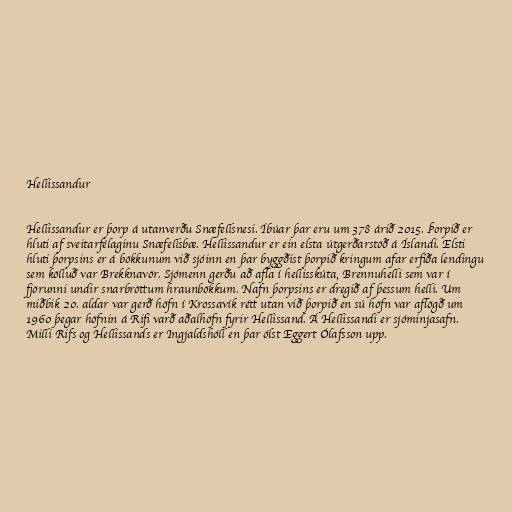
Hellissandur

Hellissandur er þorp á utanverðu Snæfellsnesi. Íbúar þar eru um 378 árið 2015. Þorpið er
hluti af sveitarfélaginu Snæfellsbæ. Hellissandur er ein elsta útgerðarstöð á Íslandi. Elsti
hluti þorpsins er á bökkunum við sjóinn en þar byggðist þorpið kringum afar erfiða lendingu
sem kölluð var Brekknavör. Sjómenn gerðu að afla í hellisskúta, Brennuhelli sem var í
fjörunni undir snarbröttum hraunbökkum. Nafn þorpsins er dregið af þessum helli. Um
miðbik 20. aldar var gerð höfn í Krossavík rétt utan við þorpið en sú höfn var aflögð um
1960 þegar höfnin á Rifi varð aðalhöfn fyrir Hellissand. Á Hellissandi er sjóminjasafn.
Milli Rifs og Hellissands er Ingjaldshóll en þar ólst Eggert Ólafsson upp.